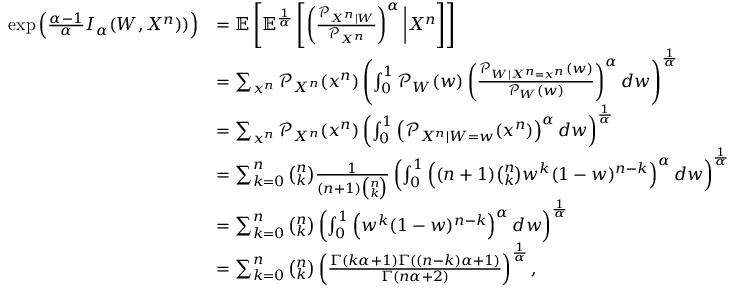
\begin{array} { r l } { \exp \left( \frac { \alpha - 1 } { \alpha } I _ { \alpha } ( W , X ^ { n } ) ) \right) } & { = \mathbb { E } \left[ \mathbb { E } ^ { \frac 1 \alpha } \left[ \left( \frac { \mathcal { P } _ { X ^ { n } | W } } { \mathcal { P } _ { X ^ { n } } } \right) ^ { \alpha } \bigg | X ^ { n } \right] \right] } \\ & { = \sum _ { x ^ { n } } \mathcal { P } _ { X ^ { n } } ( x ^ { n } ) \left( \int _ { 0 } ^ { 1 } \mathcal { P } _ { W } ( w ) \left( \frac { \mathcal { P } _ { W | X ^ { n } = x ^ { n } } ( w ) } { \mathcal { P } _ { W } ( w ) } \right) ^ { \alpha } d w \right) ^ { \frac 1 \alpha } } \\ & { = \sum _ { x ^ { n } } \mathcal { P } _ { X ^ { n } } ( x ^ { n } ) \left( \int _ { 0 } ^ { 1 } \left( \mathcal { P } _ { X ^ { n } | W = w } ( x ^ { n } ) \right) ^ { \alpha } d w \right) ^ { \frac 1 \alpha } } \\ & { = \sum _ { k = 0 } ^ { n } \binom { n } { k } \frac { 1 } { ( n + 1 ) \binom { n } { k } } \left( \int _ { 0 } ^ { 1 } \left( ( n + 1 ) \binom { n } { k } w ^ { k } ( 1 - w ) ^ { n - k } \right) ^ { \alpha } d w \right) ^ { \frac 1 \alpha } } \\ & { = \sum _ { k = 0 } ^ { n } \binom { n } { k } \left( \int _ { 0 } ^ { 1 } \left( w ^ { k } ( 1 - w ) ^ { n - k } \right) ^ { \alpha } d w \right) ^ { \frac 1 \alpha } } \\ & { = \sum _ { k = 0 } ^ { n } \binom { n } { k } \left( \frac { \Gamma ( k \alpha + 1 ) \Gamma ( ( n - k ) \alpha + 1 ) } { \Gamma ( n \alpha + 2 ) } \right) ^ { \frac 1 \alpha } , } \end{array}